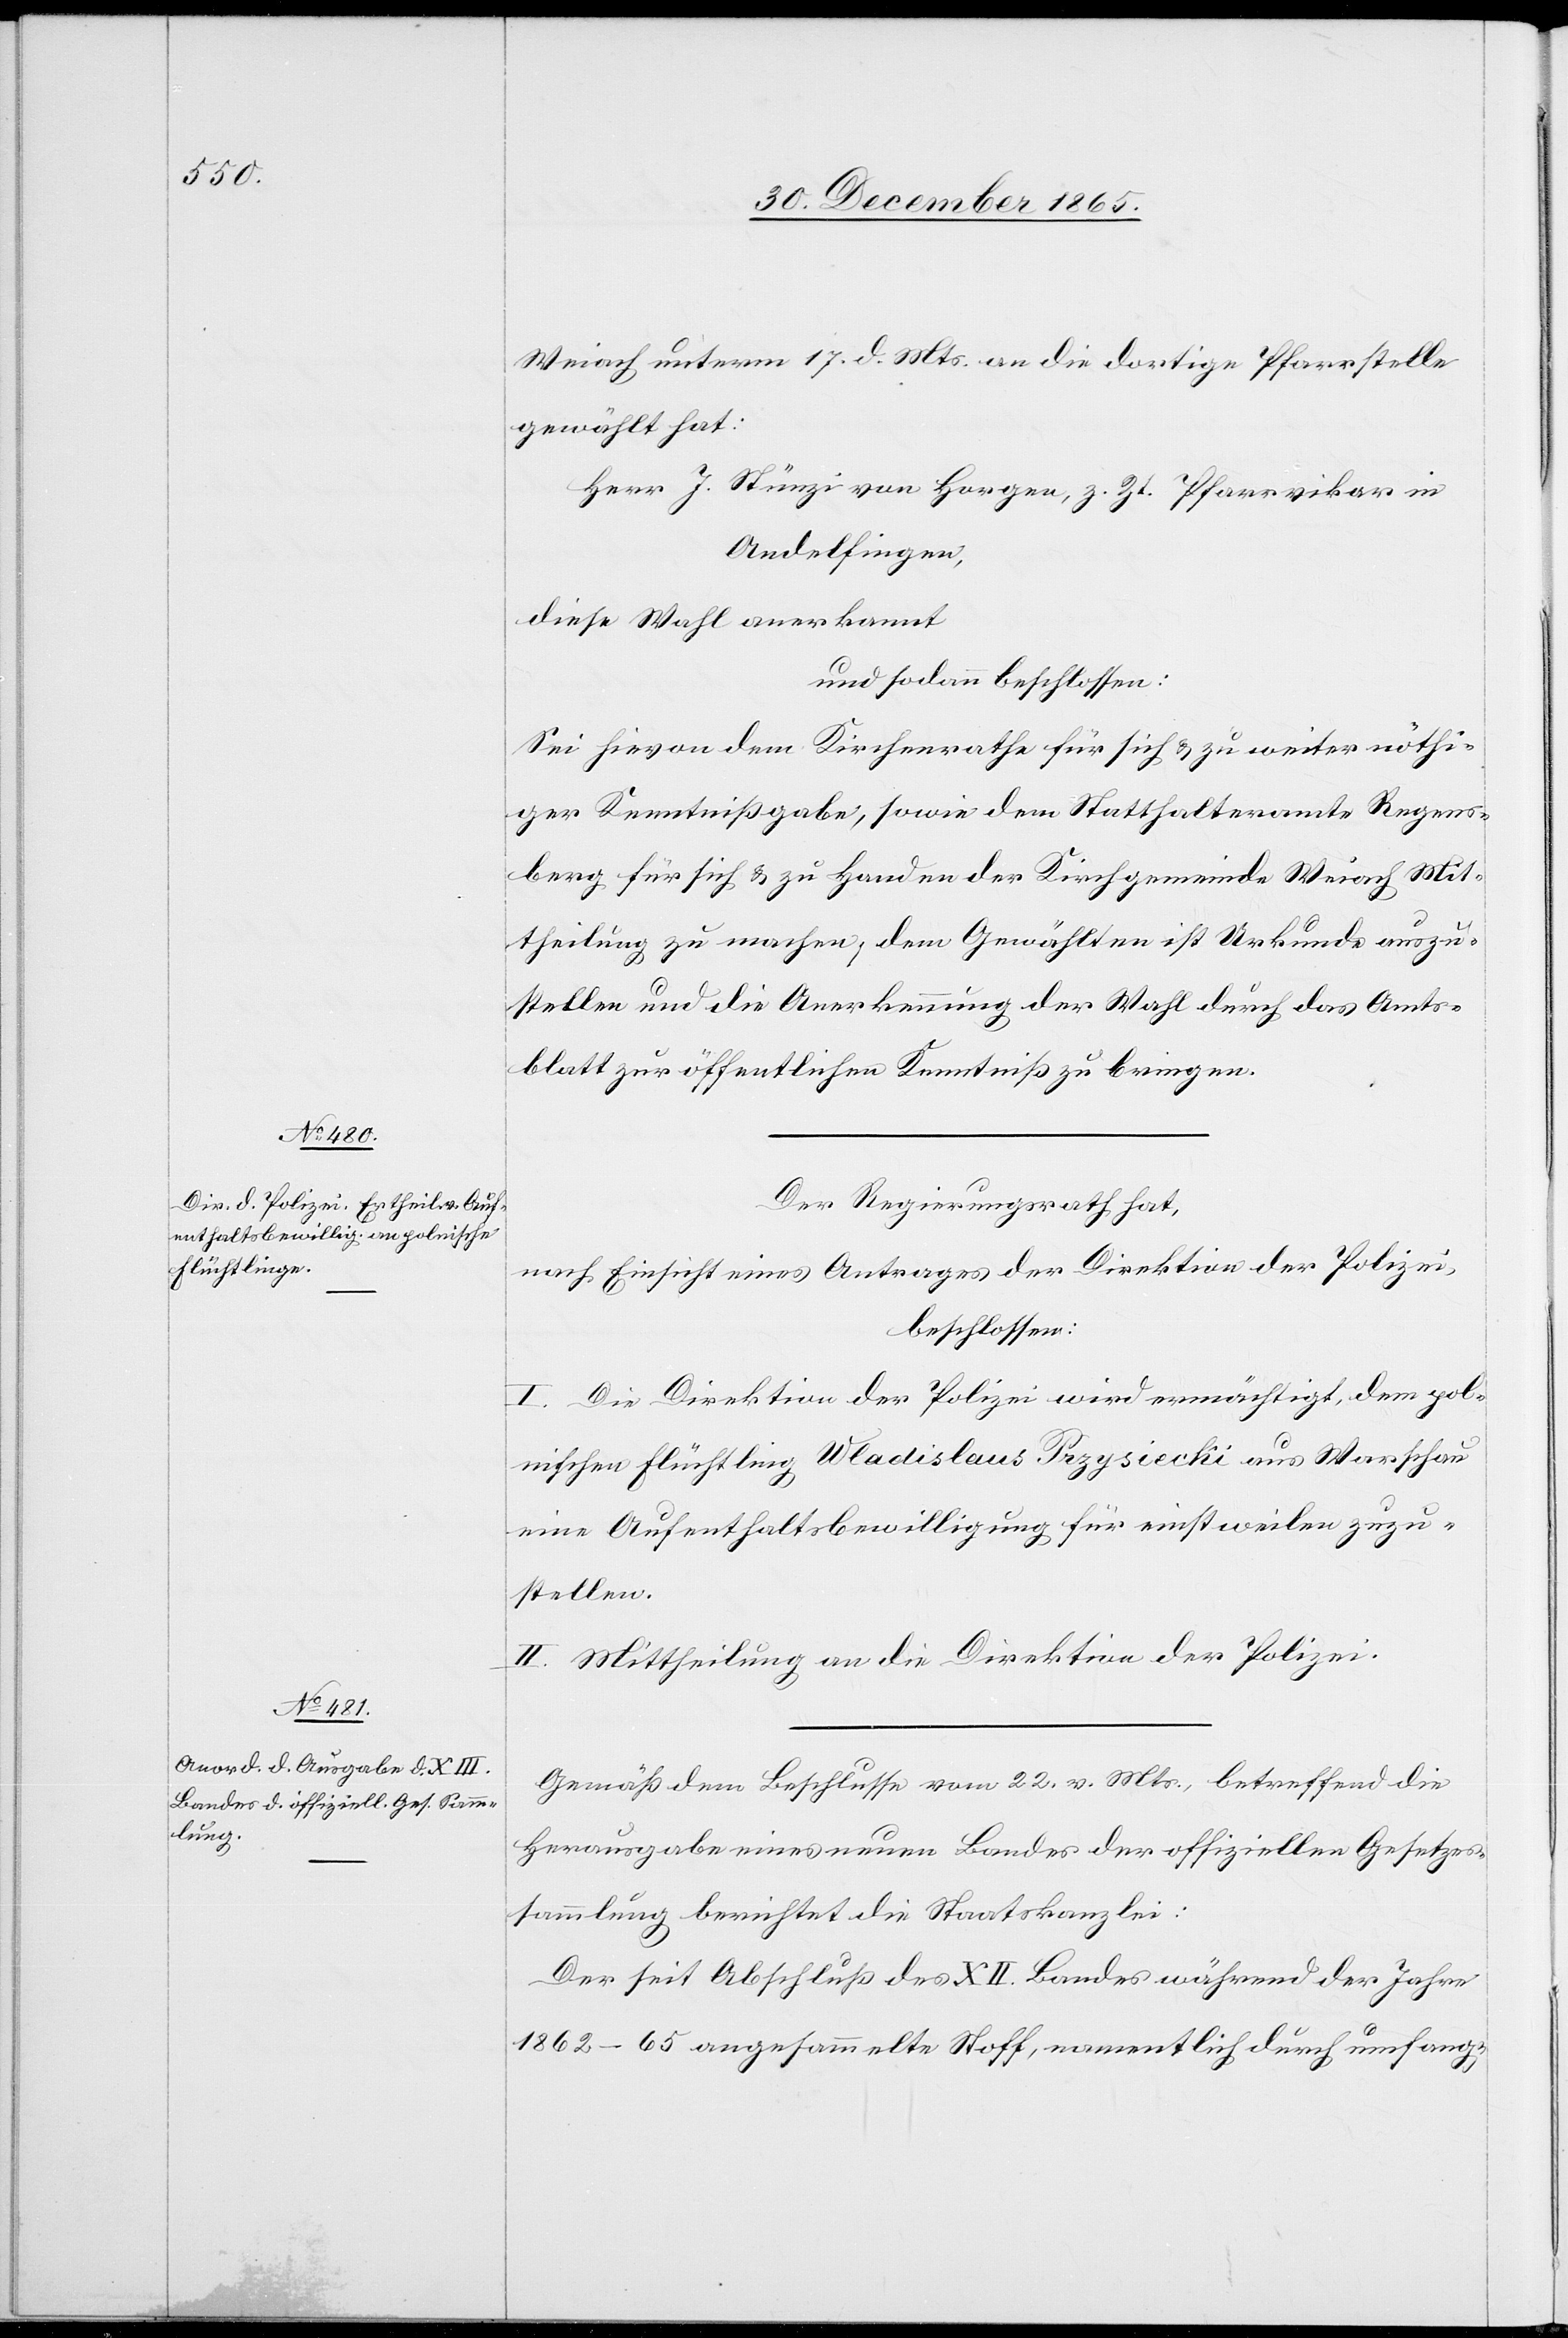
Weiach unterm 17. d. Mts. an die dortige Pfarrstelle
gewählt hat:
Herr J. Stünzi von Horgen, z. Zt. Pfarrvikar in
Andelfingen,
diese Wahl anerkannt
und sodann beschlossen:
Sei hievon dem Kirchenrathe für sich & zu weiter nöti¬
ger Kenntnißgabe, sowie dem Statthalteramte Regens¬
berg für sich & zu Handen der Kirchgemeinde Weiach Mit¬
theilung zu machen, dem Gewählten ist Urkunde auszu¬
stellen und die Anerkennung der Wahl durch das Amts¬
blatt zur öffentlichen Kenntniß zu bringen.
Der Regierungsrath hat,
nach Einsicht eines Antrages der Direktion der Polizei,
beschlossen:
I. Die Direktion der Polizei wird ermächtigt, dem pol¬
nischen Flüchtling Wladislaus Przysiecki aus Warschau
eine Aufenthaltsbewilligung für einstweilen zuzu¬
stellen.
II. Mittheilung an die Direktion der Polizei.
Gemäß dem Beschlusse vom 22. v. Mts., betreffend die
Herausgabe eines neuen Bandes der offiziellen Gesetzes¬
sammlung berichtet die Staatskanzlei:
Der seit Abschluß des XII. Bandes während der Jahre
1862–65 angesammelte Stoff, namentlich durch umfang-